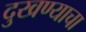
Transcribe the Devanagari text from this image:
दुखण्याचा